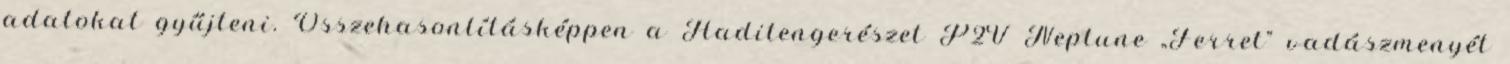
adatokat gyűjteni. Összehasonlításképpen a Haditengerészet P2V Neptune „Ferret” vadászmenyét